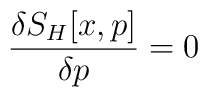
\frac{\delta S_{H}[x,p]}{\delta p}=0